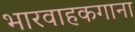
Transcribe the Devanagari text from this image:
भारवाहकगाना